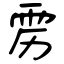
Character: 雳